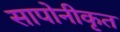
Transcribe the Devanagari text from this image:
सापोनीकृत